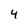
Character: 4